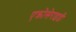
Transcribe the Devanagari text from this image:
एक्रोसेराइडी